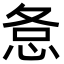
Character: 㤩